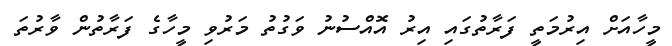
މީހާއަށް އިރުމަތީ ފަރާތުގައި އިރު އޮއްސުނު ވަގުތު މަރުވި މީހާގެ ފަރާތުން ވާރުތަ